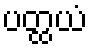
ပတ္ထယံ